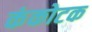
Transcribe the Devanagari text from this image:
कंकोटक